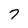
Character: 7